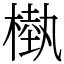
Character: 槸